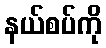
နယ်စပ်ကို